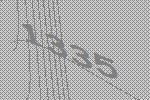
1335